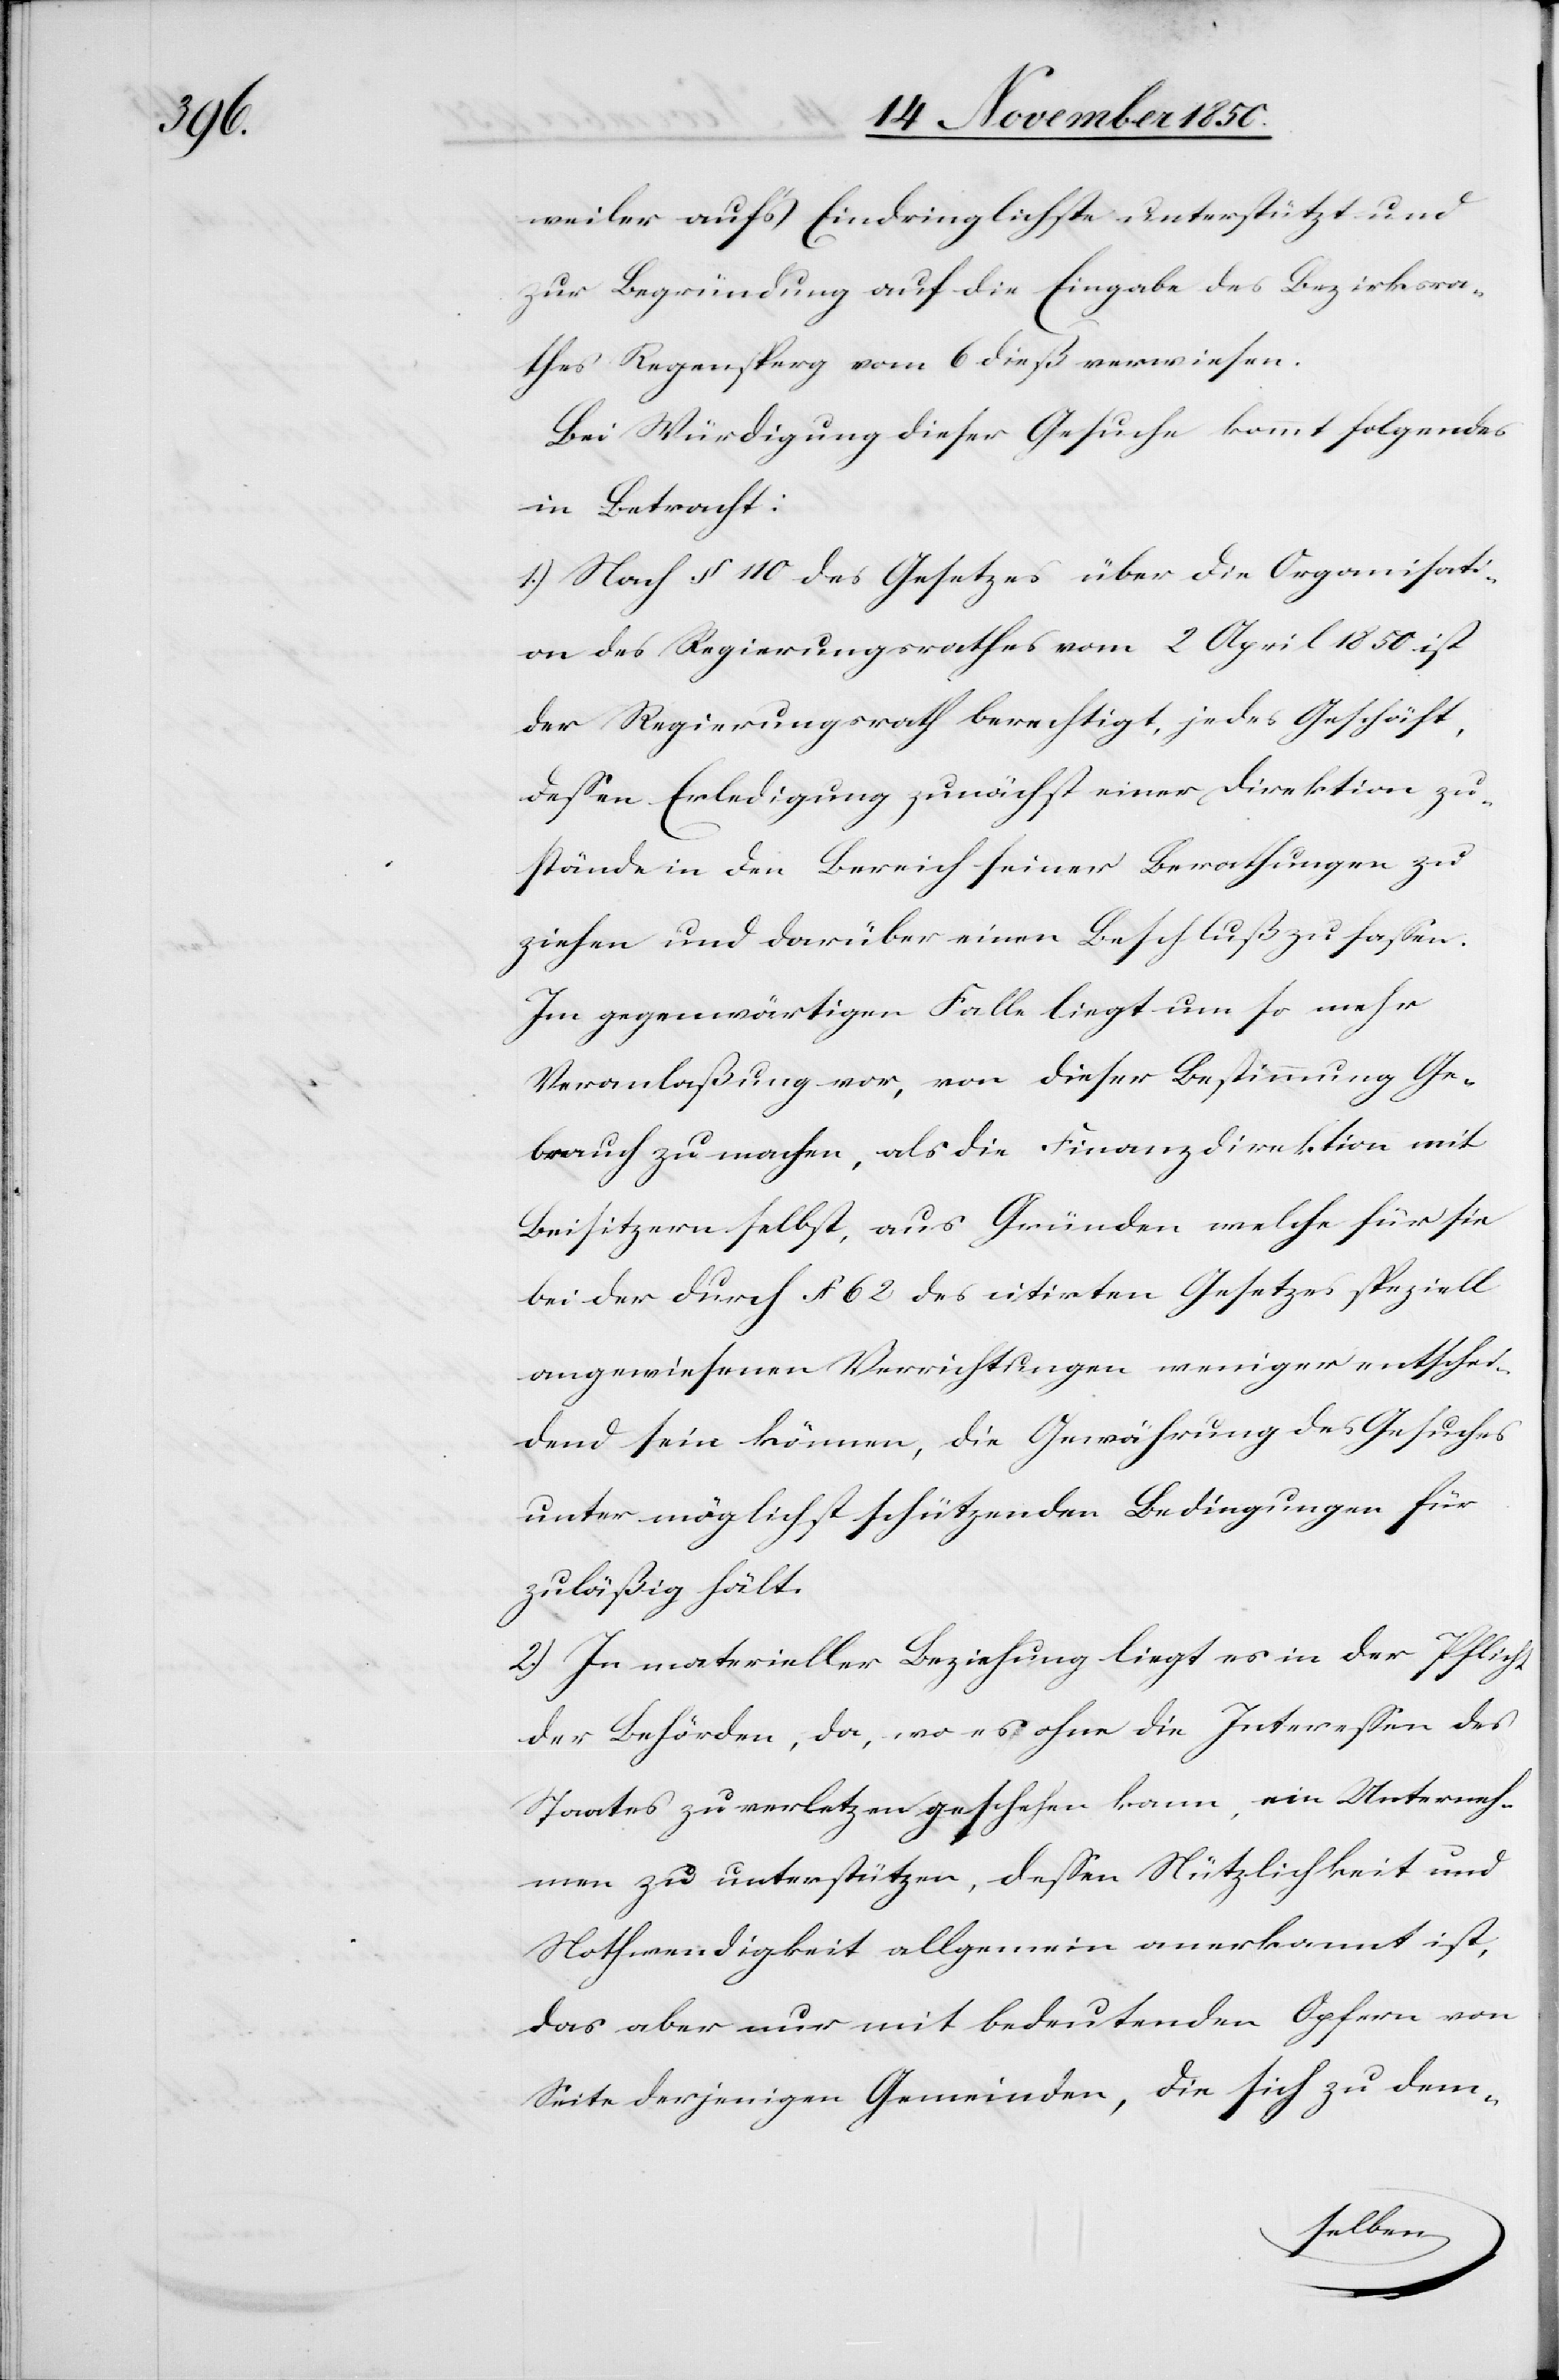
weiler auf’s Eindringlichste unterstützt und
zur Begründung auf die Eingabe des Bezirksra¬
thes Regensperg vom 6 dieß verwiesen.
Bei Würdigung dieser Gesuche kommt folgendes
in Betracht:
1.) Nach § 110 des Gesetzes über die Organisati¬
on des Regierungsrathes vom 2 April 1850 ist
der Regierungsrath berechtigt, jedes Geschäft,
dessen Erledigung zunächst einer Direktion zu¬
stände in den Bereich seiner Berathungen zu
ziehen und darüber einen Beschluß zu fassen.
Im gegenwärtigen Falle liegt um so mehr
Veranlaßung vor, von dieser Bestimmung Ge¬
brauch zu machen, als die Finanzdirektion mit
Beisitzern selbst, aus Gründen welche für sie
bei der durch § 62 des citirten Gesetzes spezielle
angewiesenen Verrichtungen weniger entschei¬
dend sein können, die Gewährung des Gesuches
unter möglichst schützenden Bedingungen für
zuläßig hält.
2.) In materieller Beziehung liegt es in der Pflicht
der Behörden, da, wo es ohne die Interessen des
Staates zu verletzen geschehen kann, ein Unterneh¬
men zu unterstützen, dessen Nützlichkeit und
Nothwendigkeit allgemein anerkannt ist,
das aber nur mit bedeutenden Opfern von
Seite derjenigen Gemeinden, die sich zu dem-